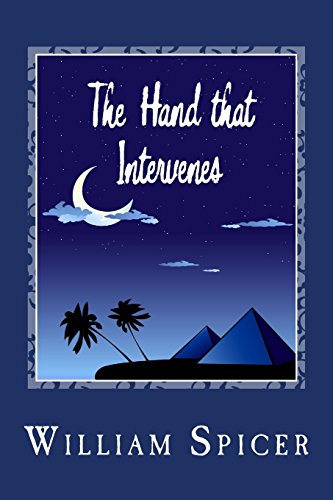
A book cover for The Hand that Intervenes; William Spicer; Christian Books & Bibles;